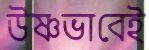
উষ্ণভাবেই